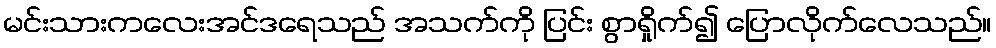
မင်းသားကလေးအင်ဒရေသည် အသက်ကို ပြင်း စွာရှိုက်၍ ပြောလိုက်လေသည်။